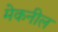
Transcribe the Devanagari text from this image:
मेकनील